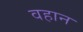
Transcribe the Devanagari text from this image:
वहान